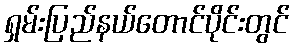
ရှမ်းပြည်နယ်တောင်ပိုင်းတွင်